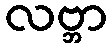
လဗ္ဘာ